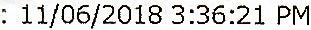
: 11/06/2018 3:36:21 PM